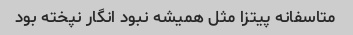
متاسفانه پیتزا مثل همیشه نبود انگار نپخته بود